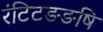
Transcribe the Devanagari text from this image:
रंटिटङङषि